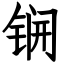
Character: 锎